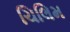
ચિલિમ